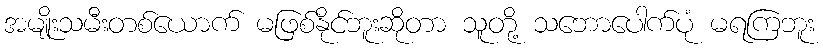
အမျိုးသမီးတစ်ယောက် မဖြစ်နိုင်ဘူးဆိုတာ သူတို့ သဘောပေါက်ပုံ မရကြဘူး